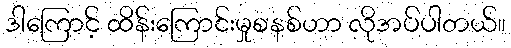
ဒါကြောင့် ထိန်းကြောင်းမှုစနစ်ဟာ လိုအပ်ပါတယ်။